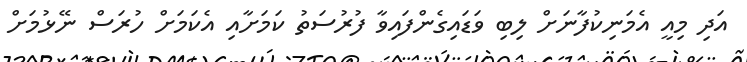
އަދި މިއީ އެމަނިކުފާނަށް ލިބި ވަޑައިގެންފައިވާ ފުރުސަތު ކަމަށާއި އެކަމަށް ހުރަސް ނޭޅުމަށް